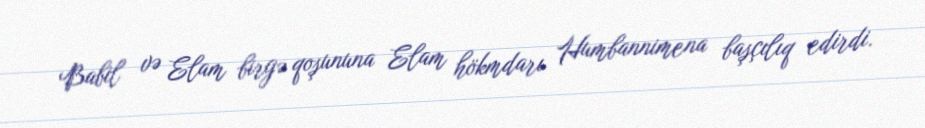
Babil və Elam birgə qoşununa Elam hökmdarı Humbannimena başçılıq edirdi.